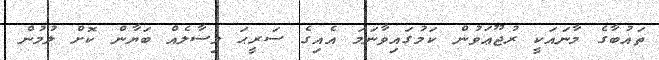
ތައުބާގެ މާނައަކީ ރުޖޫޢަވުން ކަމުގައިވާނަމަ އެއިގެ ސަރީޙަ މިސާލެއް ބަޔާން ކޮށް ލުމުން